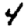
Digit: 4